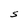
Character: s